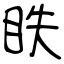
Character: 眣